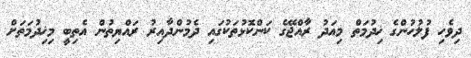
ދިވެހި ފުލުހުންގެ ޚިދުމަތް މިއަދު ރާއްޖޭގެ ކަންކޮޅުތަކުގައި ދެމުންދާއިރު ރައްޔިތުން އެތިބީ މިޚިދުމަތަށް